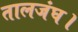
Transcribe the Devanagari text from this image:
तालजंघ।